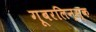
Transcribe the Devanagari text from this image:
गूबरलिन्स्क